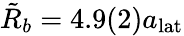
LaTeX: \tilde{R}_{b}=4.9(2)a_{\mathrm{lat}}